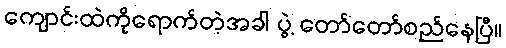
ကျောင်းထဲကိုရောက်တဲ့အခါ ပွဲ့ တော်တော်စည်နေပြီ။